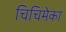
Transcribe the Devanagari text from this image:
चिचिमेका